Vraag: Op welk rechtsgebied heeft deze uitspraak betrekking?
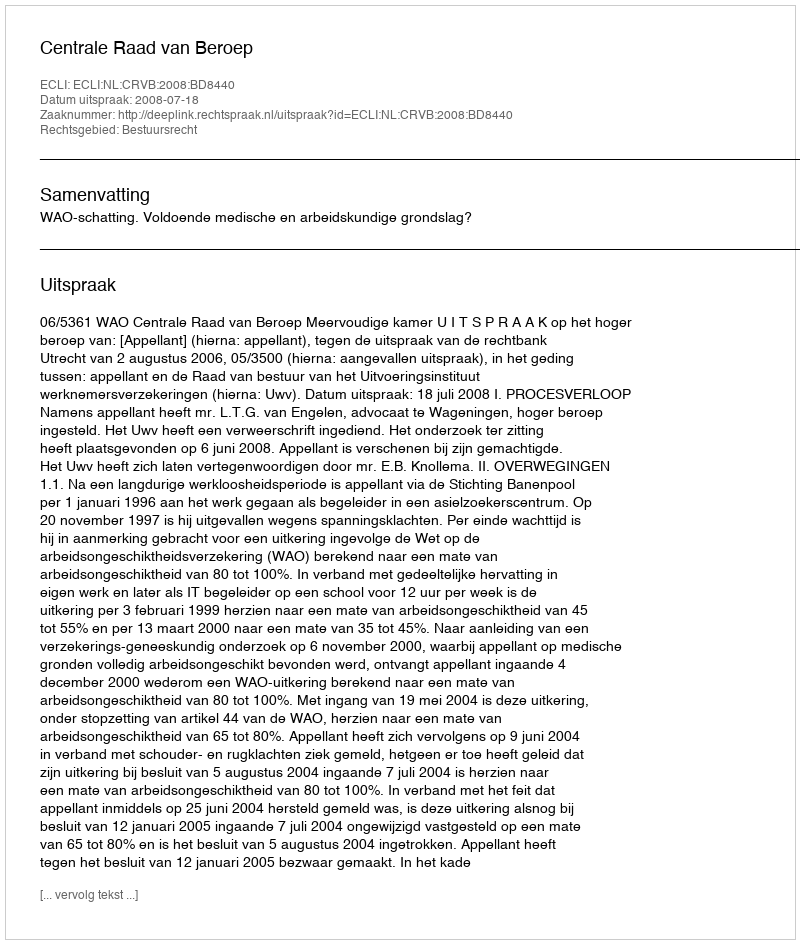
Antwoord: Bestuursrecht